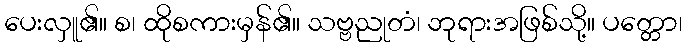
ပေးလှူ၏။ စ၊ ထိုစကားမှန်၏။ သဗ္ဗညုတံ၊ ဘုရားအဖြစ်သို့။ ပတ္တော၊